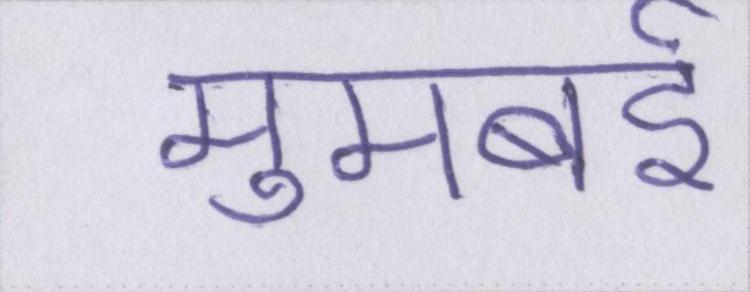
मुमबई